King Institute of Preventive Medicine Micro-Biological Section reports 1909-11
Year: 1909
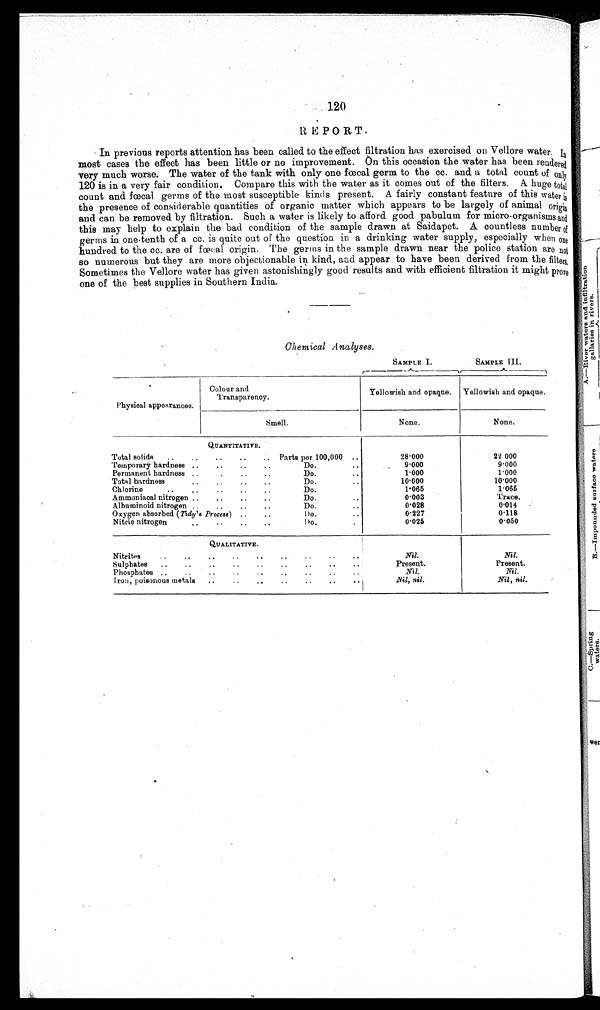
120
REPORT.
In previous reports attention has been called to the effect filtration has exercised on Vellore water. In
most cases the effect has been little or no improvement. On this occasion the water has been rendered
very much worse. The water of the tank with only one fœtal germ to the cc. and a total count of only
120 is in a very fair condition. Compare this with the water as it comes out of the filters. A huge total
count and fœtal germs of the most susceptible kinds present. A fairly constant feature of this water is
the presence of considerable quantities of organic matter which appears to be largely of animal origin
and can be removed by filtration. Such a water is likely to afford good pabulum for micro-organisms and
this may help to explain the bad condition of the sample drawn at Saidapet. A countless number of
germs in one-tenth of a cc. is quite out of the question in a drinking water supply, especially when one
hundred to the cc. are of foetal origin. The germs in the sample drawn near the police station are not
so numerous but they are more objectionable in kind, and appear to have been derived from the filters.
Sometimes the Vellore water has given astonishingly good results and with efficient filtration it might prove
one of the best supplies in Southern India.
Chemical A nalyses.
SAMPLE I.
SAMPLE III.
Physical appearances.
Colour and
Transparency.
Yellowish and opaque.
Yellowish and opaque.
Smell.
None.
None.
QUANTITATIVE.
Total solids
..
..
..
..
.. Parts per 100,000 ..
28.000
22 000
Temporary hardness ..
..
..
..
Do...
9 ∙ 0 0 0
9∙000
Permanent hardness ...
..
..
Do.
..
1∙ 0 0 0
1∙000
Total hardness
,
..
..
..
D o
..
10∙000
10∙000
Chlorine
..
..
..
..
Do.
1∙065
1∙065
Ammoniacal nitrogen ..
..
..
..
Do...
0 ∙ 0 0 3
Trace.
Albuminoid nitrogen ..
..
..
..
Do...
0 ∙ 0 2 8
0∙014
Oxygen absorbed (Tidy's Process) ..
..
Do ...
0 ∙ 2 2 7
0∙118
Nitric nitrogen
..
..
..
..
Do..
0∙025
0∙050
QUALITATIVE.
Nitrites
.
..
..
..
..
..
..
..
Nil.
Nil.
Sulphates
..
..
..
..
..
..
..
..
..
Present.
Present.
Phosphates ..
..
..
. ....
..
..
..
Nil.
Nil.
I ron, poisonous metals
..
..
..
• .
..
..
.. ,
.Nil, nil.
Nil, nil.